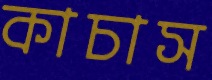
কাচাস